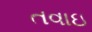
તવાઇ